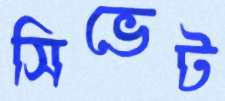
সিভেট